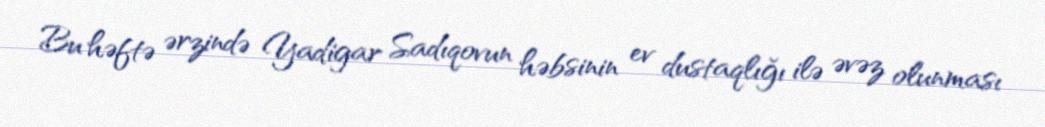
Bu həftə ərzində Yadigar Sadıqovun həbsinin ev dustaqlığı ilə əvəz olunması